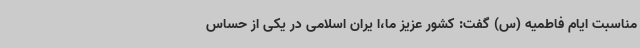
مناسبت ایام فاطمیه (س) گفت: کشور عزیز ما،ا یران اسلامی در یکی از حساس